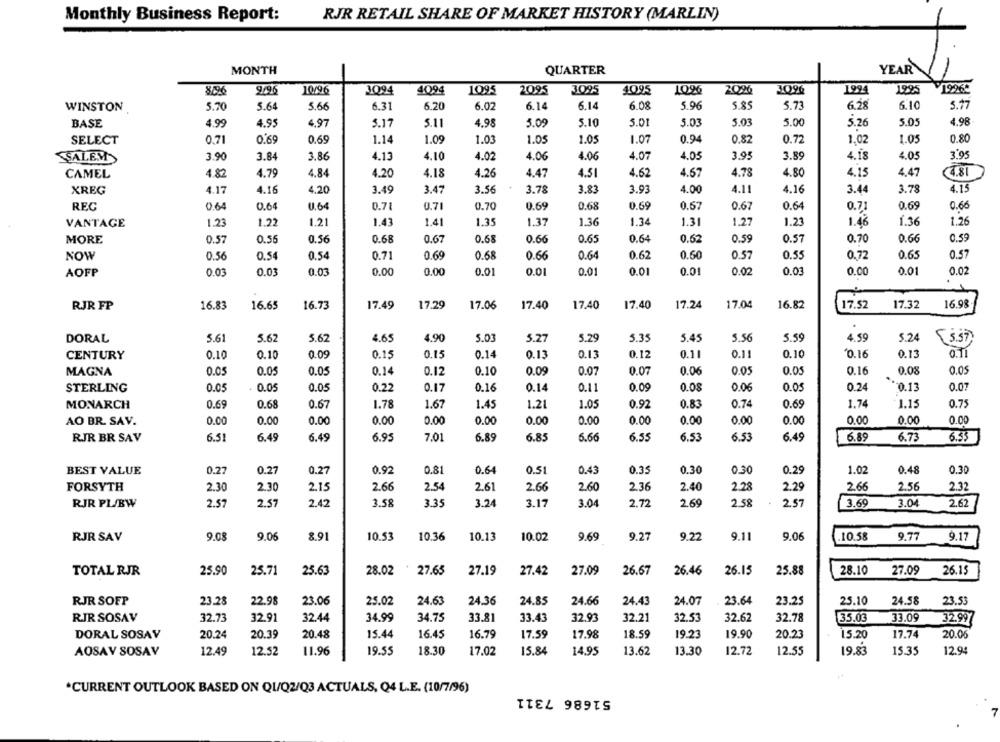
Monthly Business Report:
RJR RETAIL SHARE OF MARKET HISTORY (MARLIN)
MONTH
QUARTER
YEAR 1
8/96
9/96
10/96
4094
1095
3095
2026
3096
1994
1995
¥19965
JQ94
2095
4095
1096
WINSTON
5.70
5.64
5.66
6.31
6.20
6.02
6.14
6.14
6.08
5.96
5.85
5.73
6.28
6.10
5.77
BASE
4.99
4.95
4.97
5.17
5.11
4.98
3.09
5.10
5.01
5.03
5.03
5.00
5.26
5.05
4.98
SELECT
0,71
0.69
0.69
1.14
1.09
1.03
1.05
1.05
1.07
0.94
0.82
0.72
1,02
1.05
0.80
3.84
3.86
4.10
4.02
4.06
4.06
4.07
4.05
3.95
3.89
4.18
4.05
3.95
SALEM
3.90
4.13
CAMEL
4.82
4.79
4.84
4.20
4.18
4.26
4.47
4.51
4.62
4.57
4.78
4.80
4.15
4,47
4.81
XREG
4.17
4.16
4.20
3.49
3.47
3.56
3.78
3.83
3.93
4.00
4.11
4.16
3.44
3.78
4.15
REC
0.64
0.64
0.64
0.71
0.71
0.70
0.69
0.68
0.69
0.57
0.67
0.64
0.7
0.69
0.66
VANTAGE
1.23
1.22
1.21
1.43
1.41
1.35
1.37
1.36
1.34
1.31
1.27
1.21
1.48
1.36
1.26
0.56
0.65
0.64
0.62
0.59
0.70
0.59
MORE
0.57
0.55
0.68
0.67
0.68
0.66
0.57
0.66
NOW
0.56
0.54
0.54
0.71
0.69
0.68
0.66
0.64
0.62
0.50
0.57
0.55
0.72
0.65
0.57
AOFP
0.03
0.03
0.03
0.00
0.00
0.01
0.01
0.0
0.01
0.01
0.02
0.03
0.00
0.01
0.02
16.83
17.40
17.04
16.82
17.32
16.98
RJR FP
16.65
16.73
17.49
17.29
17.06
17.40
17.40
17.24
17.52
DORAL
5.61
5.62
5.62
4.65
4.90
5.03
5.27
5.29
5.35
5.45
5.56
5.59
4.59
5.24
3.37
CENTURY
0.10
0.10
0.09
0.15
0.15
0.14
0.13
0.13
0.12
0.11
0.11
0.10
0.16
0.13
0.11
MAGNA
0.05
0.05
0.05
0.14
0.12
0.10
0.09
0.07
0.07
0.06
0.05
0.05
0.16
0.08
El'o ..
0.05
STERLING
0.05
0.05
0.22
0.17
0.16
0.14
0.11
0.09
0.08
0.06
0.05
0.24
0.07
MONARCH
0.69
0.68
0.67
1.78
1.67
1.45
1.21
1.05
0.92
0.83
0.74
0.69
1.74
1.15
0.75
AO BR. SAV.
0.00
0.00
0.00
0.00
0.00
0.00
0.00
0.00
0.00
0.00
0.00
0.00
0.00
0.00
0.00
RJR BR SAV
6.51
6.49
6.49
6.95
7.01
6.89
6.85
5.66
6.55
6.53
6.53
6.49
6.89
6.73
6.33
BEST VALUE
0.27
0.27
0.27
0.92
0.81
0.64
0.51
0.43
0.35
0.30
0.30
0.29
1.02
0.48
0.30
FORSYTH
2.30
2.30
2.15
2.66
2.54
2.61
2.66
2.60
2.36
2.40
2.28
2.29
2.66
2.56
2.32
RJR PL/BW
2.57
2.57
2.42
3.58
3.35
3.24
3.17
3.04
2.72
2.69
2.58
2,57
3.69
3.04
2.62
RJR SAV
9.0
9.06
8.91
10.53
10.36
10.13
10.02
9.69
9.2
9.22
9.11
9.06
.10.58
9.77
9.1
TOTAL RJR
25.90
25.71
25.63
28.02
27.65
27.19
27.42
27.09
26.67
26.46
26.15
25.88
28.10
27.09
26.15
RJR SOFP
23.28
22.98
23.06
25.02
24.63
24.36
24.85
24.66
24.43
24.07
23.64
23.25
25.10
24.58
23.53
RIR SOSAV
32.73
32.91
32.44
34.99
34.75
33.81
33.43
32.93
32.21
32.53
32.62
32.78
35.03
33.09
32.99
DORAL SOSAV
20.24
20.39
20.48
15.44
16.45
16.79
17.59
17.98
18.59
19.23
19.90
20.23
15.20
17.74
20.06
AOSAY SOSAV
12.49
12.52
11.96
19.55
18.30
17.02
15.84
14.95
13.62
13.30
12.72
12.55
19.83
15.35
12.94
*CURRENT OUTLOOK BASED ON QUQ2/03 ACTUALS, Q4 L.E. (10/7/96)
51686 7311